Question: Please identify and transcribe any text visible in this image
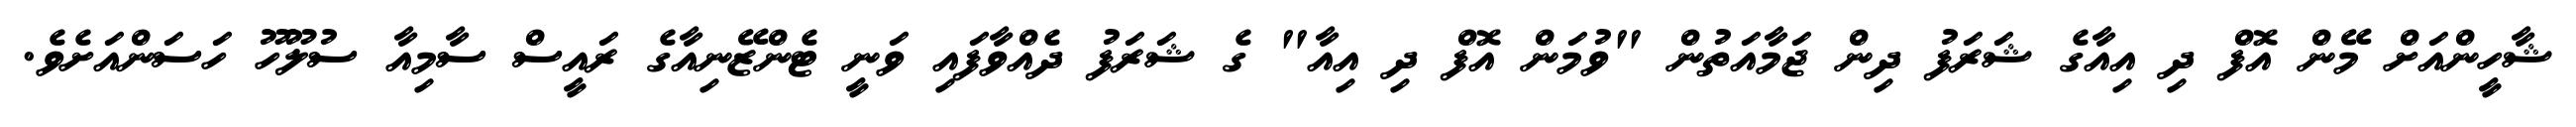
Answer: ޝާހީންއަށް މޭން އޮފް ދި އިއާގެ ޝަރަފު ދިން ޖަމާއަތުން "ވުމަން އޮފް ދި އިއާ" ގެ ޝަރަފު ދެއްވާފައި ވަނީ ޓެންޒޭނިއާގެ ރައީސް ސާމިއާ ސުލޫހޫ ހަސަންއަށެވެ.